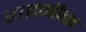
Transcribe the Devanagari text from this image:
स्पानीस